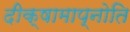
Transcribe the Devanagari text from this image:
दीक्षामाप्नोति